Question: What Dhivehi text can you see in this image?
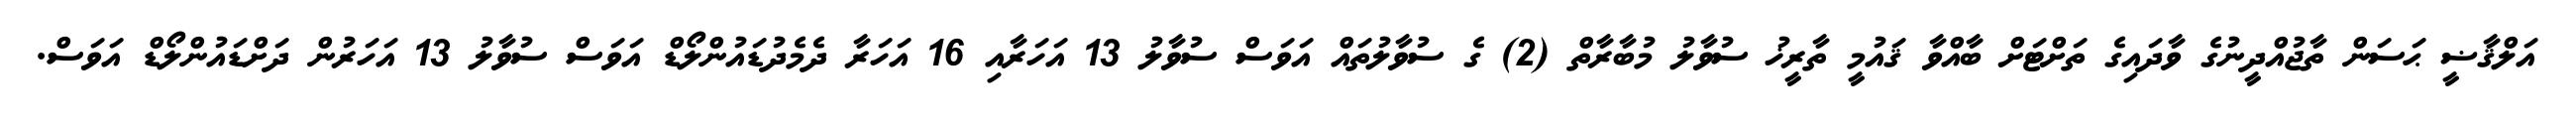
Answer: އަލްޤާޟީ ޙަސަން ތާޖުއްދީނުގެ ވާދައިގެ ތަށްޓަށް ބާއްވާ ޤައުމީ ތާރީޚު ސުވާލު މުބާރާތް (2) ގެ ސުވާލުތައް އަވަސް ސުވާލު 13 އަހަރާއި 16 އަހަރާ ދެމެދުޑައުންލޯޑް އަވަސް ސުވާލު 13 އަހަރުން ދަށްޑައުންލޯޑް އަވަސް.